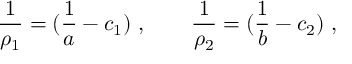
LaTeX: \frac { 1 } { \rho _ { 1 } } = ( \frac { 1 } { a } - c _ { 1 } ) \ , \qquad \frac { 1 } { \rho _ { 2 } } = ( \frac { 1 } { b } - c _ { 2 } ) \ ,